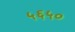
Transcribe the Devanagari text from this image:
५६५०